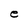
Character: e